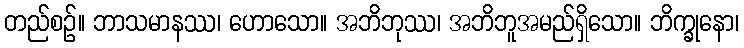
တည်စဉ်။ ဘာသမာနဿ၊ ဟောသော။ အဘိဘုဿ၊ အဘိဘူအမည်ရှိသော။ ဘိက္ခုနော၊